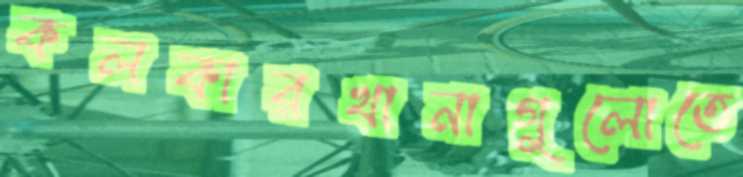
কলকারখানাগুলোতে